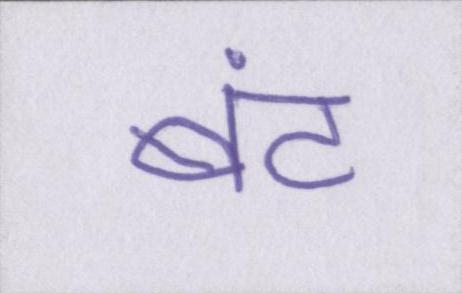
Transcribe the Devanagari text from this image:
बंट